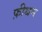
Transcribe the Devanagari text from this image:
फ़ीथम